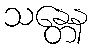
သန္တေန